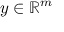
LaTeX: y \in \mathbb { R } ^ { m }